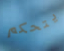
يتحكم